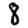
Digit: 8